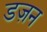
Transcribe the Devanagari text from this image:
डज़न